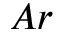
A r